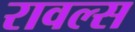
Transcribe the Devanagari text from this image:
रावल्स